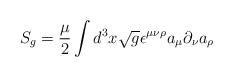
LaTeX: \begin{align*}S_g = {\mu \over 2} \int d^3x\sqrt g \epsilon^{\mu \nu \rho}a_\mu \partial_\nu a_\rho\end{align*}